Report of the Indian Hemp Drugs Commission, 1894-1895 - Volume V
Year: 1894
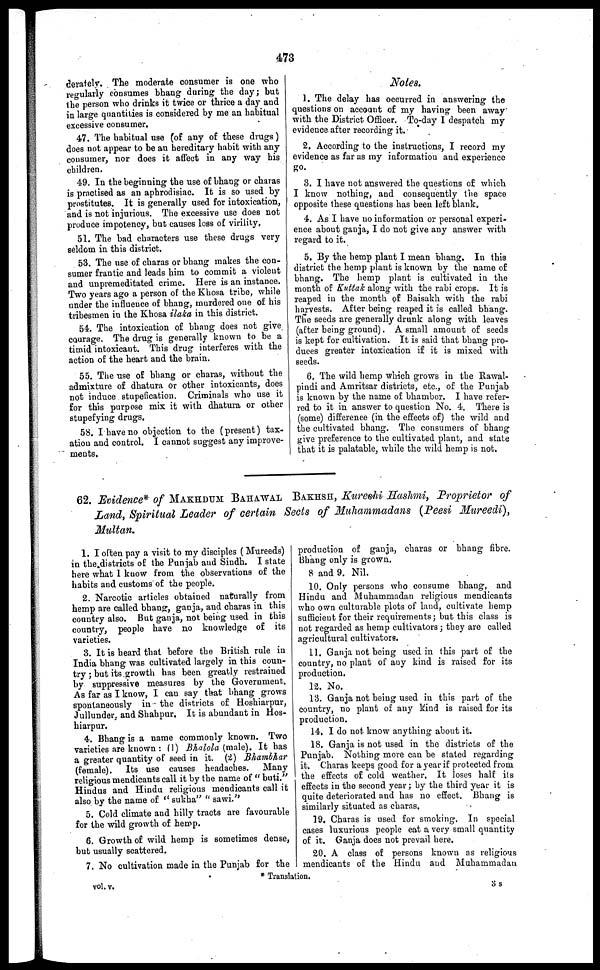
473
derately. The moderate consumer is one who
regularly consumes bhang during the day; but
the person who drinks it twice or thrice a day and
in large quantities is considered by me an habitual
excessive consumer.
47. The habitual use (of any of these drags)
does not appear to be an hereditary habit with any
consumer, nor does it affect in any way his
children.
49. In the beginning the use of bhang or charas
is practised as an aphrodisiac. It is so used by
prostitutes. It is generally used for intoxication,
and is not injurious. The excessive use does not
produce impotency, but causes loss of virility,
51. The bad characters use these drugs very
seldom in this district.
53. The use of charas or bhang makes the con-
sumer frantic and leads him to commit a violent
and unpremeditated crime. Here is an instance.
Two years ago a person of the Khosa tribe, while
under the influence of bhang, murdered one of his
tribesmen in the Khosa ilaka in this district.
54. The intoxication of bhang does not give
courage. The drug is generally known to be a
timid intoxicant. This drug interferes with the
action of the heart and the brain.
55. The use of bhang or charas, without the
admixture of dhatura or other intoxicants, does
not induce stupefication. Criminals who use it
for this purpose mix it with dhatura or other
stupefying drugs.
58. I have no objection to the (present) tax-
ation and control. I cannot suggest any improve-
ments.
Notes.
1. The delay has occurred in answering the
questions on account of my having been away
with the District Officer. To-day I despatch my
evidence after recording it.
2. According to the instructions, I record my
evidence as far as my information and experience
go.
3. I have not answered the questions of which
I know nothing, and consequently the space
opposite these questions has been left blank.
4. As I have no information or personal experi-
ence about ganja, I do not give any answer with
regard to it.
5. By the hemp plant I mean bhang. In this
district the hemp plant is known by the name of
bhang. The hemp plant is cultivated in the
month of Kuttak along with the rabi crops. It is
reaped in the month of Baisakh with the rabi
harvests. After being reaped it is called bhang.
The seeds are generally drunk along with leaves
(after being ground). A small amount of seeds
is kept for cultivation. It is said that bhang pro-
duces greater intoxication if it is mixed with
seeds.
6. The wild hemp which grows in the Rawal-
pindi and Amritsar districts, etc., of the Punjab
is known by the name of bhambor. I have refer-
red to it in answer to question No. 4. There is
(some) difference (in the effects of) the wild and
the cultivated bhang. The consumers of bhang
give preference to the cultivated plant, and state
that it is palatable, while the wild hemp is not.
62. Evidence* of MAKHDUM BAHAWAL BAKHSH, Kureshi Hashmi, Proprietor of
Land, Spiritual Leader of certain Sects of Muhammadans (Peesi Mureedi),
Multan.
1. I often pay a visit to my disciples ( Mureeds)
in the districts of the Punjab and Sindh. I state
here what I know from the observations of the
habits and customs of the people.
2. Narcotic articles obtained naturally from
hemp are called bhang, ganja, and charas in this
country also. But ganja, not being used in this
country, people have no knowledge of its
varieties.
3. It is heard that before the British rule in
India bhang was cultivated largely in this coun-
try ; but its growth has been greatly restrained
by suppressive measures by the Government.
As far as I know, I can say that bhang grows
spontaneously in the districts of Hoshiarpur,
Jullunder, and Shahpur. It is abundant in Hos-
hiarpur.
4. Bhang is a name commonly known. Two
varieties are known : (1) Bhalola (male). It has
a greater quantity of seed in it. (2) Bhambhar
(female). Its use causes headaches. Many
religious mendicants call it by the name of " buti."
Hindus and Hindu religious mendicants call it
also by the name of " sukha" " sawi."
5. Cold climate and hilly tracts are favourable
for the wild growth of hemp.
6. Growth of wild hemp is sometimes dense,
but usually scattered.
7. No cultivation made in the Punjab for the
production of ganja, charas or bhang fibre.
Bhang only is grown.
8 and 9. Nil.
10. Only persons who consume bhang, and
Hindu and Muhammadan religious mendicants
who own culturable plots of land, cultivate hemp
sufficient for their requirements; but this class is
not regarded as hemp cultivators; they are called
agricultural cultivators.
11. Ganja not being used in this part of the
country, no plant of any kind is raised for its
production.
12. No.
13. Ganja not being used in this part of the
country, no plant of any kind is raised for its
production.
14. I do not know anything about it.
18. Ganja is not used in the districts of the
Punjab. Nothing more can be stated regarding
it. Charas keeps good for a year if protected from
the effects of cold weather. It loses half its
effects in the second year; by the third year it is
quite deteriorated and has no effect. Bhang is
similarly situated as charas.
19. Charas is used for smoking. In special
cases luxurious people eat a very small quantity
of it. Ganja does not prevail here.
20. A class of persons known as religious
mendicants of the Hindu and Muhammadan
* Translation.
vol. v.
3 s